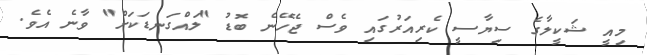
މިއީ ޝަކީލާގެ ސިޔާސީ ކެރިއަރުގައި ވެސް ޖެހޭނެ ބޮޑު "ލައްގަނޑަކަށް" ވާނެ އެވެ.